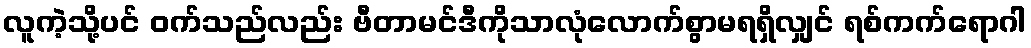
လူကဲ့သို့ပင် ဝက်သည်လည်း ဗီတာမင်ဒီကိုသာလုံလောက်စွာမရရှိလျှင် ရစ်ကက်ရောဂါ